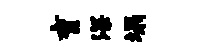
育深塌